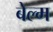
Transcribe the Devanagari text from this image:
बेल्म